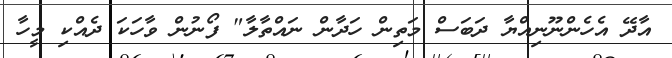
އާދޭ އެހެންނޫނިއްޔާ ދަބަސް މަތިން ހަދާން ނައްތާލާ" ފޯނުން ވާހަކަ ދެއްކި މީހާ